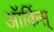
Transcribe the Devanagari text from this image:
ऑर्किस्